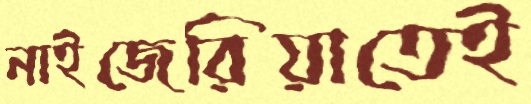
নাইজেরিয়াতেই